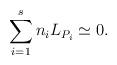
LaTeX: \begin{align*} \sum_{i = 1}^s n_i L_{P_i} \simeq 0.\end{align*}